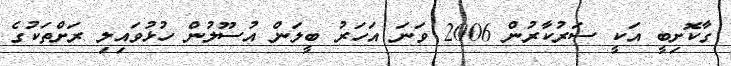
ގާކޮށިބީ އަކީ ސަރުކާރުން 2006 ވަނަ އަހަރު ބީލަން އުސޫލުން ހުޅުވައިލި ރަށްތަކުގެ